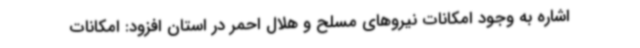
اشاره به وجود امکانات نیروهای مسلح و هلال احمر در استان افزود: امکانات